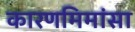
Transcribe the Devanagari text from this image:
कारणमिमांसा